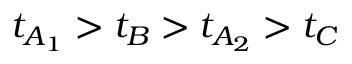
t _ { A _ { 1 } } > t _ { B } > t _ { A _ { 2 } } > t _ { C }